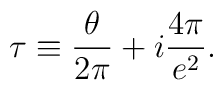
\tau \equiv \frac {\theta}{2 \pi} + i \frac {4 \pi}{e^{2}}.